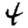
Digit: 4